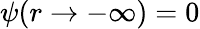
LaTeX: \psi(r\rightarrow-\infty)=0